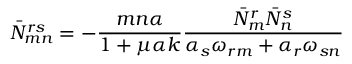
\bar { N } _ { m n } ^ { r s } = - { \frac { m n \alpha } { 1 + \mu \alpha k } } { \frac { \bar { N } _ { m } ^ { r } \bar { N } _ { n } ^ { s } } { \alpha _ { s } \omega _ { r m } + \alpha _ { r } \omega _ { s n } } }